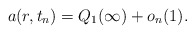
\begin{align*}a(r,t_n)=Q_1(\infty)+o_n(1).\end{align*}